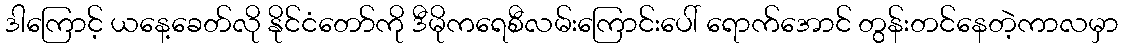
ဒါကြောင့် ယနေ့ခေတ်လို နိုင်ငံတော်ကို ဒီမိုကရေစီလမ်းကြောင်းပေါ် ရောက်အောင် တွန်းတင်နေတဲ့ကာလမှာ